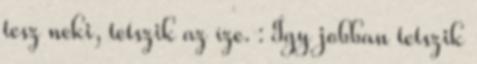
tesz neki, tetszik az íze. : Így jobban tetszik